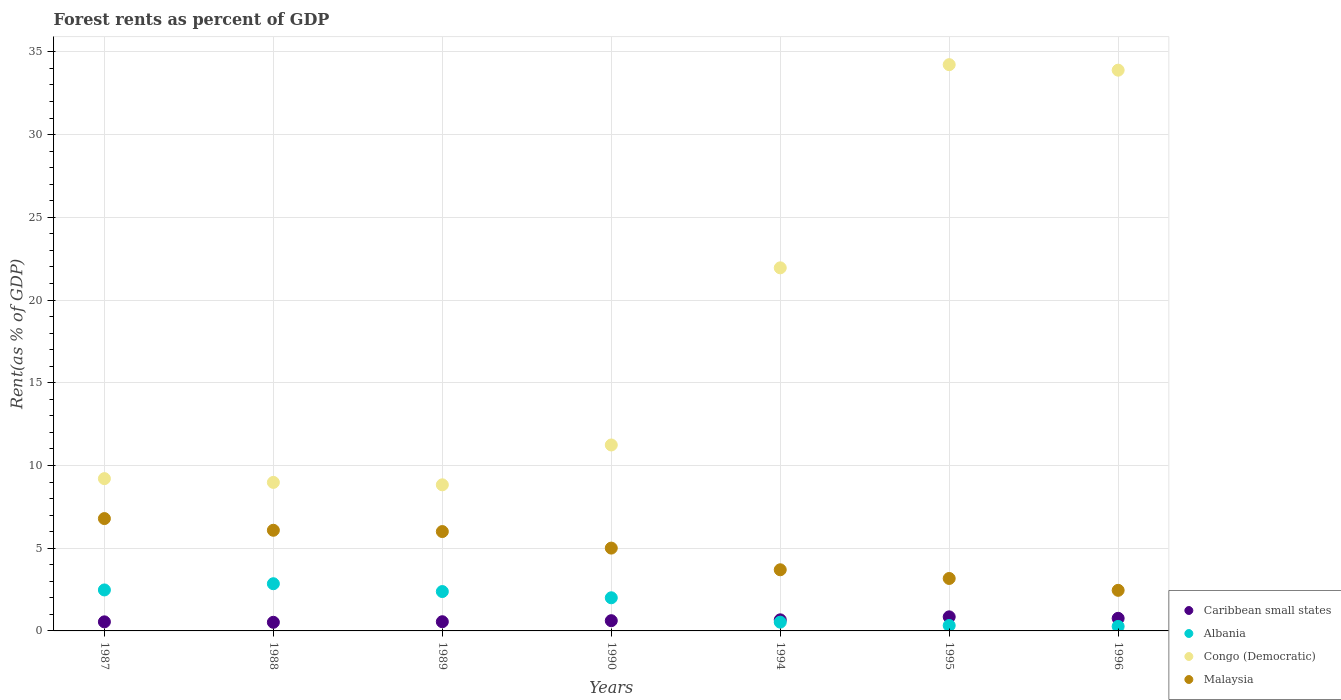
| Years | Caribbean small states | Albania | Congo (Democratic) | Malaysia |
 | --- | --- | --- | --- | --- |
 | 1987 | 0.548 | 2.48 | 9.2 | 6.79 |
 | 1988 | 0.521 | 2.85 | 8.98 | 6.08 |
 | 1989 | 0.556 | 2.38 | 8.83 | 6.01 |
 | 1990 | 0.618 | 2 | 11.2 | 5.01 |
 | 1994 | 0.671 | 0.53 | 21.9 | 3.7 |
 | 1995 | 0.851 | 0.327 | 34.2 | 3.17 |
 | 1996 | 0.762 | 0.273 | 33.9 | 2.45 |